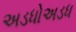
અડધોઅડધ